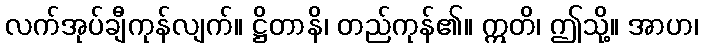
လက်အုပ်ချီကုန်လျက်။ ဋ္ဌိတာနိ၊ တည်ကုန်၏။ ဣတိ၊ ဤသို့။ အာဟ၊